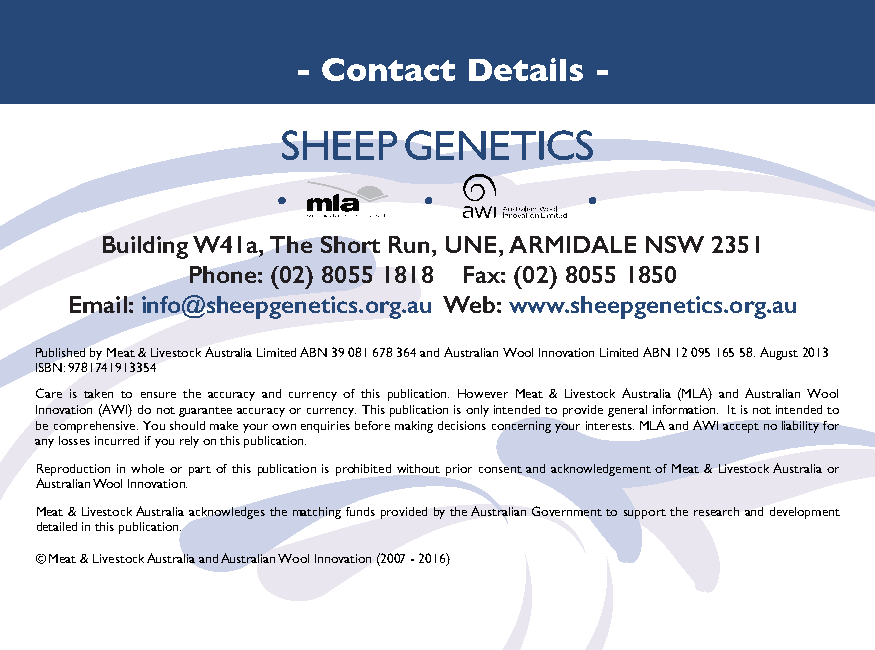
- Contact   Details -
 Building W41a, The Short Run, UNE, ARMIDALE NSW 2351
 Phone: (02) 8055 1818 Fax: (02) 8055 1850
 Email: info@sheepgenetics.org.au Web: www.sheepgenetics.org.au
 Published by Meat & Livestock Australia Limited ABN 39 081 678 364 and Australian Wool Innovation Limited ABN 12 095 165 58. August 2013
 ISBN: 9781741913354
 Care is taken to ensure the accuracy and currency of this publication. However Meat & Livestock Australia (MLA) and Australian Wool
 Innovation (AWI) do not guarantee accuracy or currency. This publication is only intended to provide general information. It is not intended to
 be comprehensive. You should make your own enquiries before making decisions concerning your interests. MLA and AWI accept no liability for
 any losses incurred if you rely on this publication.
 Reproduction in whole or part of this publication is prohibited without prior consent and acknowledgement of Meat & Livestock Australia or
 Australian Wool Innovation.
 Meat & Livestock Australia acknowledges the matching funds provided by the Australian Government to support the research and development
 detailed in this publication.
 © Meat & Livestock Australia and Australian Wool Innovation (2007 - 2016)